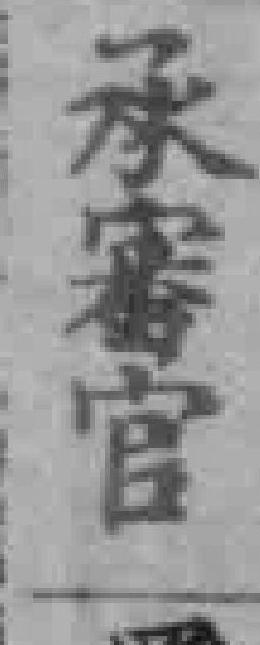
承審官